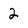
Character: 2